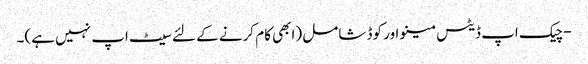
- چیک اپ ڈیٹس مینو اور کوڈ شامل (ابھی کام کرنے کے لئے سیٹ اپ نہیں ہے)۔